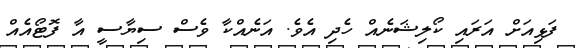
ފަޅިއަށް އަރައި ކޯލިޝަނެއް ހެދި އެވެ. އަނެއްކާ ވެސް ސިޔާސީ އާ ފޮޓޯއެއް